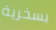
بسخرية